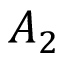
A _ { 2 }